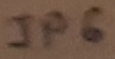
Text: JP6